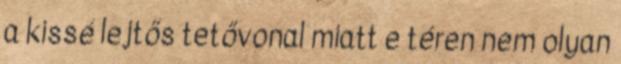
a kissé lejtős tetővonal miatt e téren nem olyan